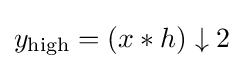
y_{\mathrm {high} }=(x*h)\downarrow 2